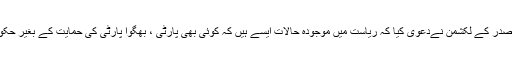
تلنگانہ بی جے پی صدر کے لکشمن نےدعوی کیا کہ ریاست میں موجودہ حالات ایسے ہیں کہ کوئی بھی پارٹی ، بھگوا پارٹی کی حمایت کے بغیر حکومت نہیں بناسکتی ۔